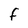
Character: f